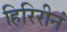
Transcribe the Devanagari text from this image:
हिरिरीनं